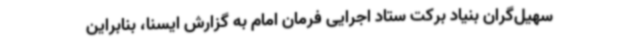
سهیل‌گران بنیاد برکت ستاد اجرایی فرمان امام به گزارش ایسنا، بنابراین